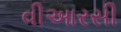
વીઆરસી